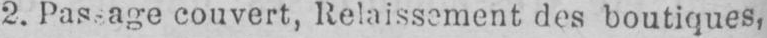
2. Passage couvert, Relaissement des boutiques,